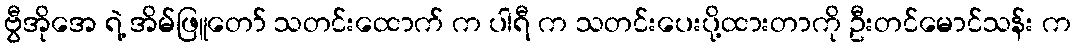
ဗွီအိုအေ ရဲ့ အိမ်ဖြူတော် သတင်းထောက် က ပါရီ က သတင်းပေးပို့ထားတာကို ဦးတင်မောင်သန်း က